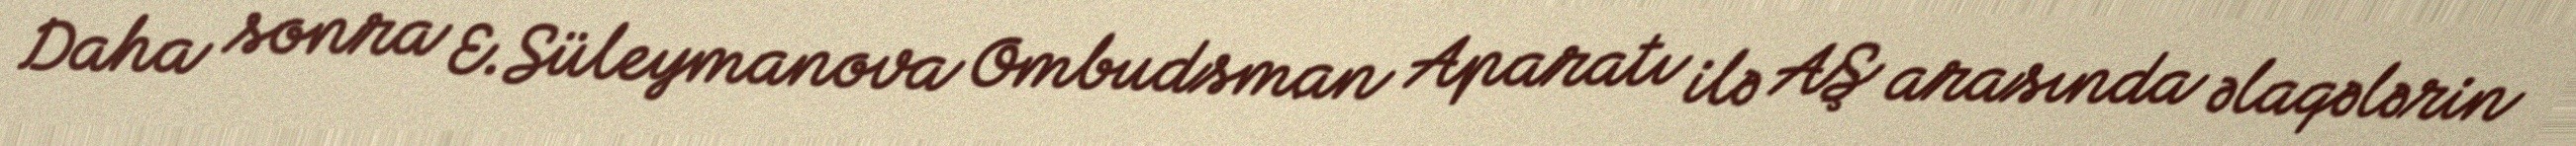
Daha sonra E.Süleymanova Ombudsman Aparatı ilə AŞ arasında əlaqələrin